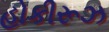
હોકીરૂઝ